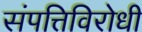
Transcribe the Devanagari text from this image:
संपत्तिविरोधी